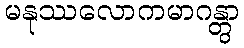
မနုဿလောကမာဂန္တွာ